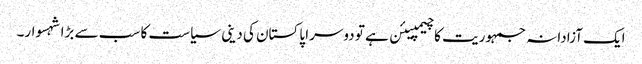
ایک آزادانہ جمہوریت کا چیمپیئن ہے تو دوسرا پاکستان کی دینی سیاست کا سب سے بڑا شہسوار۔